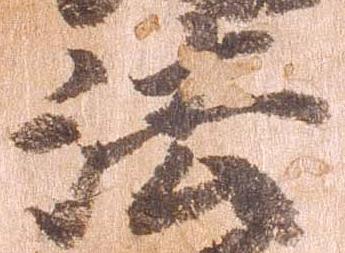
法